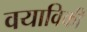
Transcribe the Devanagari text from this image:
वयाविकी